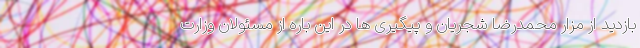
بازدید از مزار محمدرضا شجریان و پیگیری ها در این باره از مسئولان وزارت